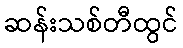
ဆန်းသစ်တီထွင်